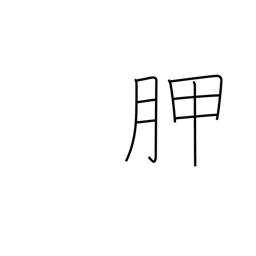
Meaning: shoulder blade